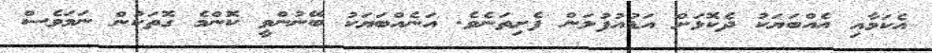
އެކަމާއި އެއްބަޔަކު ދެކޮޅަށް އަޑުއުފުލަން ފެށިތަނެވެ. އަނެއްބަޔަކު ބޭނުންވީ ކޮންމެ ގޮތަކުން ނަމަވެސް